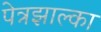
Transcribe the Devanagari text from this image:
पेत्रझाल्का